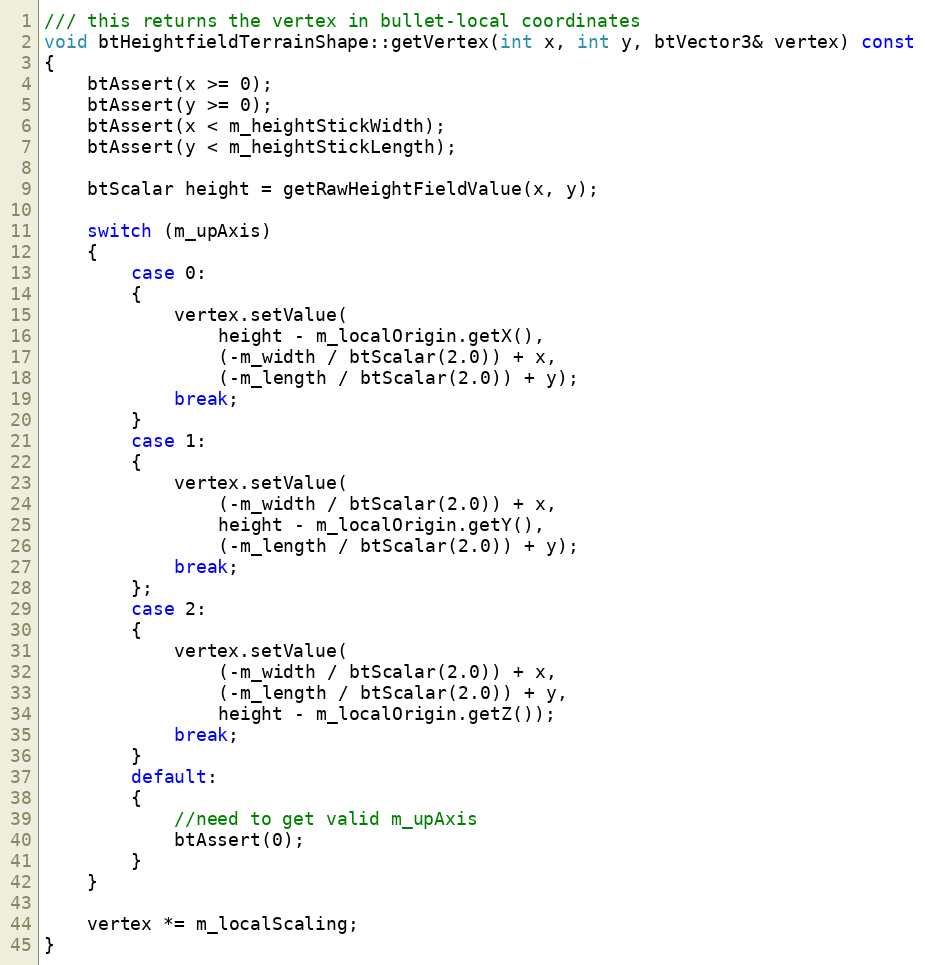
Language: C++
/// this returns the vertex in bullet-local coordinates
void btHeightfieldTerrainShape::getVertex(int x, int y, btVector3& vertex) const
{
	btAssert(x >= 0);
	btAssert(y >= 0);
	btAssert(x < m_heightStickWidth);
	btAssert(y < m_heightStickLength);

	btScalar height = getRawHeightFieldValue(x, y);

	switch (m_upAxis)
	{
		case 0:
		{
			vertex.setValue(
				height - m_localOrigin.getX(),
				(-m_width / btScalar(2.0)) + x,
				(-m_length / btScalar(2.0)) + y);
			break;
		}
		case 1:
		{
			vertex.setValue(
				(-m_width / btScalar(2.0)) + x,
				height - m_localOrigin.getY(),
				(-m_length / btScalar(2.0)) + y);
			break;
		};
		case 2:
		{
			vertex.setValue(
				(-m_width / btScalar(2.0)) + x,
				(-m_length / btScalar(2.0)) + y,
				height - m_localOrigin.getZ());
			break;
		}
		default:
		{
			//need to get valid m_upAxis
			btAssert(0);
		}
	}

	vertex *= m_localScaling;
}